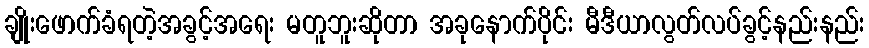
ချိုးဖောက်ခံရတဲ့အခွင့်အရေး မတူဘူးဆိုတာ အခုနောက်ပိုင်း မီဒီယာလွတ်လပ်ခွင့်နည်းနည်း